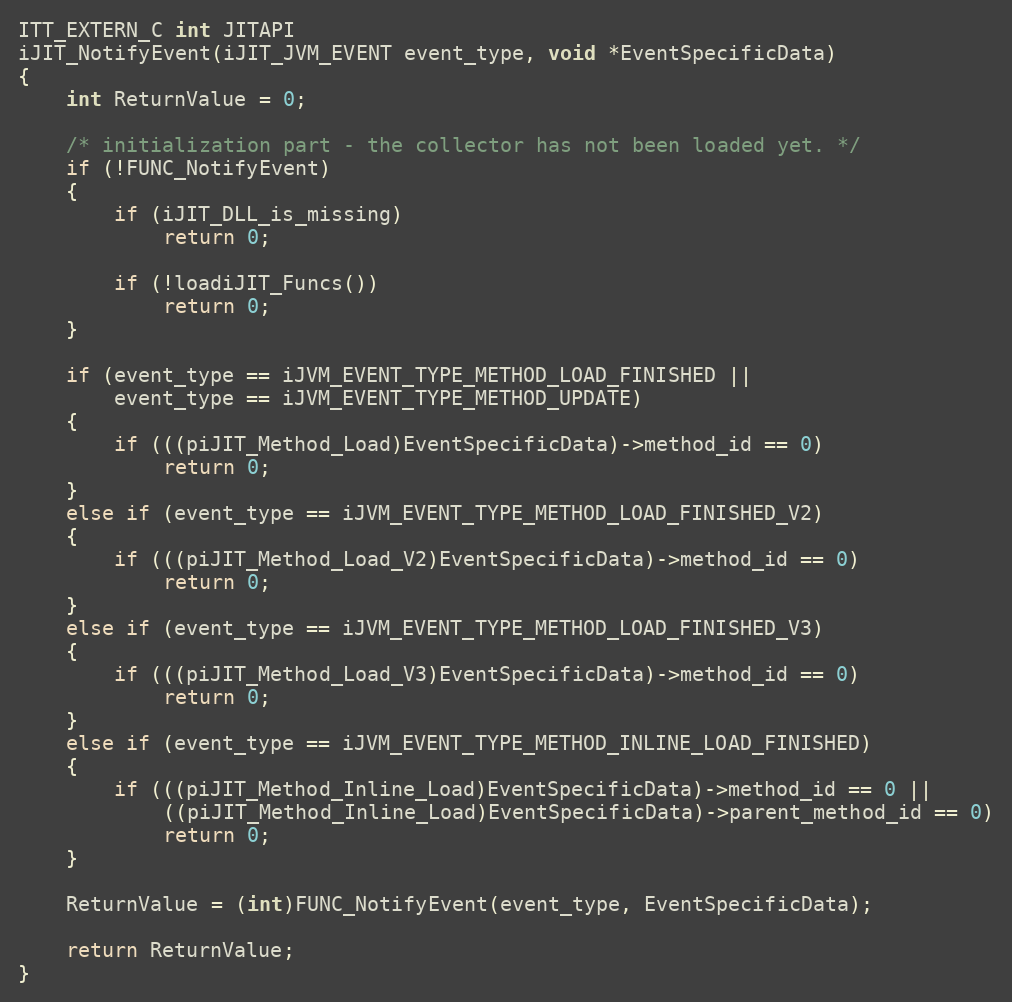
Language: C
ITT_EXTERN_C int JITAPI
iJIT_NotifyEvent(iJIT_JVM_EVENT event_type, void *EventSpecificData)
{
    int ReturnValue = 0;

    /* initialization part - the collector has not been loaded yet. */
    if (!FUNC_NotifyEvent)
    {
        if (iJIT_DLL_is_missing)
            return 0;

        if (!loadiJIT_Funcs())
            return 0;
    }

    if (event_type == iJVM_EVENT_TYPE_METHOD_LOAD_FINISHED ||
        event_type == iJVM_EVENT_TYPE_METHOD_UPDATE)
    {
        if (((piJIT_Method_Load)EventSpecificData)->method_id == 0)
            return 0;
    }
    else if (event_type == iJVM_EVENT_TYPE_METHOD_LOAD_FINISHED_V2)
    {
        if (((piJIT_Method_Load_V2)EventSpecificData)->method_id == 0)
            return 0;
    }
    else if (event_type == iJVM_EVENT_TYPE_METHOD_LOAD_FINISHED_V3)
    {
        if (((piJIT_Method_Load_V3)EventSpecificData)->method_id == 0)
            return 0;
    }
    else if (event_type == iJVM_EVENT_TYPE_METHOD_INLINE_LOAD_FINISHED)
    {
        if (((piJIT_Method_Inline_Load)EventSpecificData)->method_id == 0 ||
            ((piJIT_Method_Inline_Load)EventSpecificData)->parent_method_id == 0)
            return 0;
    }

    ReturnValue = (int)FUNC_NotifyEvent(event_type, EventSpecificData);

    return ReturnValue;
}